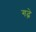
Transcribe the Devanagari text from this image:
गढे़